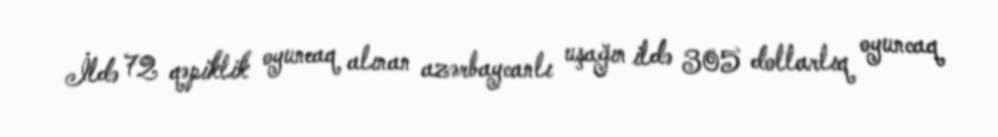
İldə 72 qəpiklik oyuncaq alınan azərbaycanlı uşağın ildə 305 dollarlıq oyuncaq